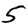
Digit: 5